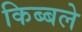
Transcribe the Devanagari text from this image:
किब्बले